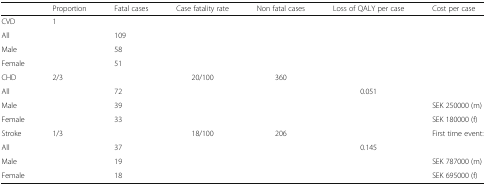
|  | Proportion | Fatal cases | Case fatality rate | Non fatal cases | Loss of QALY per case | Cost per case |
 | --- | --- | --- | --- | --- | --- | --- |
 | CVD | 1 |  |  |  |  |  |
 | All |  | 109 |  |  |  |  |
 | Male |  | 58 |  |  |  |  |
 | Female |  | 51 |  |  |  |  |
 | CHD | 2/3 |  | 20/100 | 360 |  |  |
 | All |  | 72 |  |  | 0.051 |  |
 | Male |  | 39 |  |  |  | SEK 250000 (m) |
 | Female |  | 33 |  |  |  | SEK 180000 (f) |
 | Stroke | 1/3 |  | 18/100 | 206 |  | First time event: |
 | All |  | 37 |  |  | 0.145 |  |
 | Male |  | 19 |  |  |  | SEK 787000 (m) |
 | Female |  | 18 |  |  |  | SEK 695000 (f) |